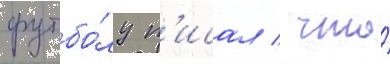
футбо́лу п'исал / что́